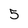
Character: 5